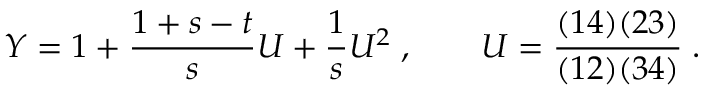
Y = 1 + { \frac { 1 + s - t } { s } } U + { \frac { 1 } { s } } U ^ { 2 } \; , \qquad U = { \frac { ( 1 4 ) ( 2 3 ) } { ( 1 2 ) ( 3 4 ) } } \; .